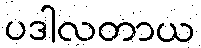
ပဒါလတာယ